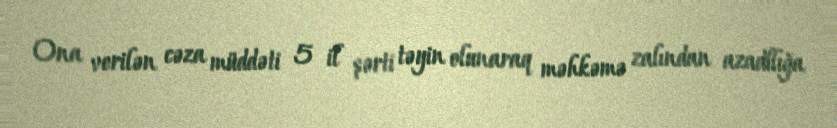
Ona verilən cəza müddəti 5 il şərti təyin olunaraq məhkəmə zalından azadllığa